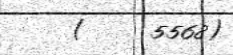
(     5568)